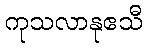
ကုသလာနုဧသီ